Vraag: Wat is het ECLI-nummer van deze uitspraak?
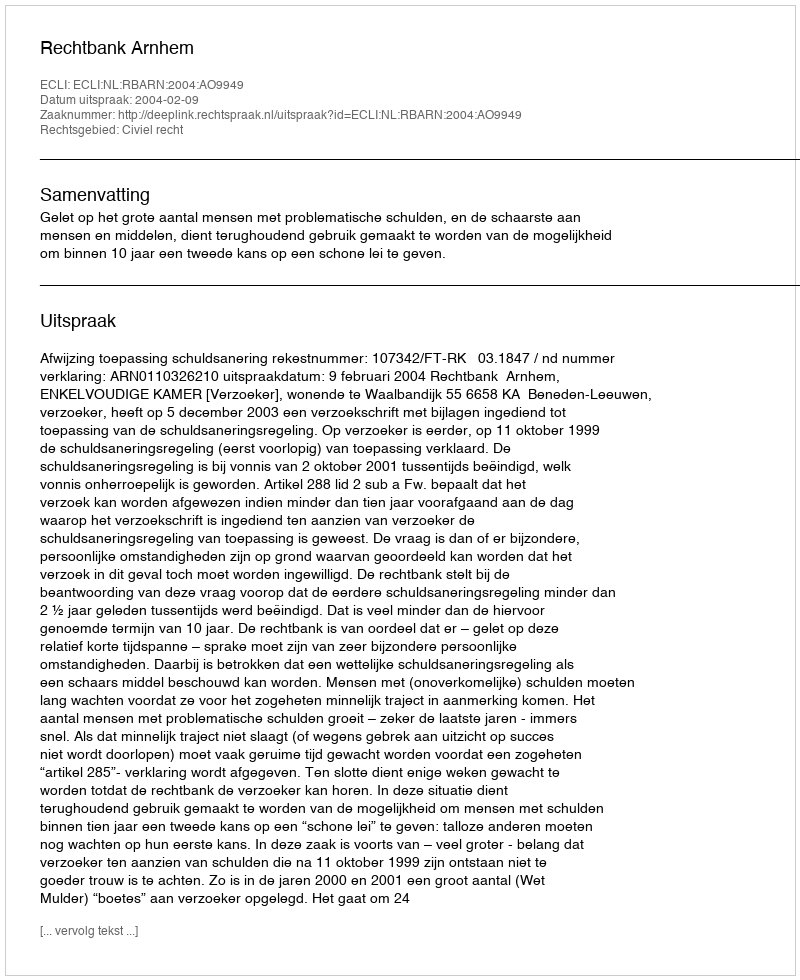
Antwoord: ECLI:NL:RBARN:2004:AO9949